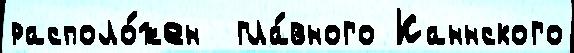
располо́жен  гла́вного Каннского